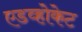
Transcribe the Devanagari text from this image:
एडव्होकेट